Medical and sanitary report on the native army of Bombay for the year
Year: 1877
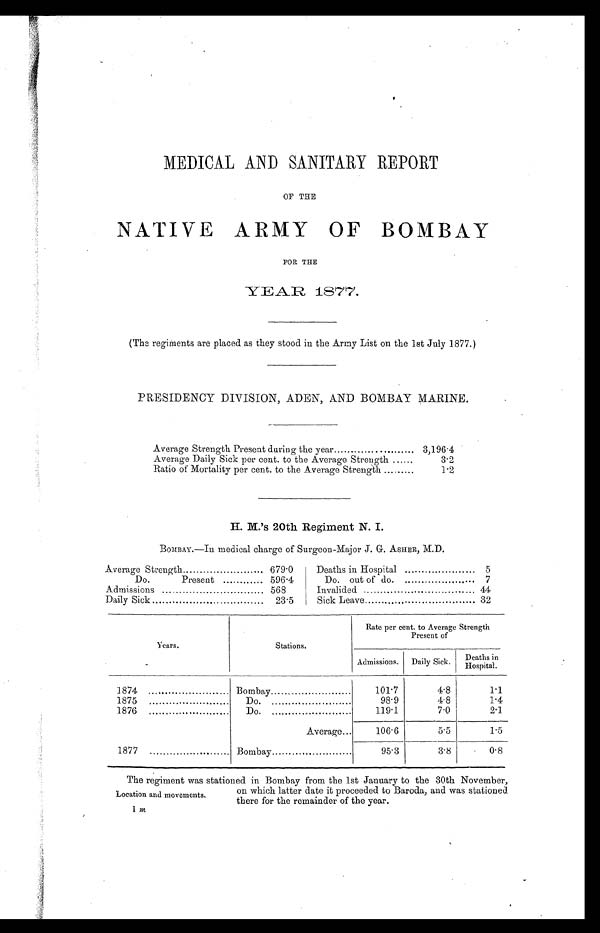
MEDICAL AND SANITARY REPORT
OF THE
NATIVE ARMY OF BOMBAY
FOR THE
(The regiments are placed as they stood in the Army List on the 1st July 1877.)
PRESIDENCY DIVISION, ADEN, AND BOMBAY MARINE.
Average Strength Present during the year......................
3,196.4
Average Daily Sick per cent. to the Average Strength ......
3.2
Ratio of Mortality per cent. to the Average Strength .........
1.2
H. M.'s 20th Regiment N. I.
BOMBAY.—In medical charge of Surgeon-Major J. G. ASHER, M.D.
Average Strength ........................
679.0
Deaths in Hospital .....................
5
Do.
P r e s e n t . . . . . . . . . . . .
5 9 6 . 4
Do. out of do. .....................
7
Admissions .............................
568
Invalided ...............................
44
Daily Sick ................................
23.5
Sick Leave...................................
32
Years.
Stations.
Rate per cent. to Average Strength
Present of
Admissions.
Daily Sick.
Deaths in
Hospital.
1874 .......................
Bombay.......................
101.7
4.8
1.1
1875
.......................
Do. .......................
98.9
4.8
1.4
1876
.......................
Do. .......................
119.1
7.0
2.1
Average...
106.6
5.5
1.5
1877
.......................
Bombay.......................
95.3
3.8
0.8
The regiment was stationed in Bombay from the 1st January to the 30th November,
on which latter date it proceeded to Baroda, and was stationed
there for the remainder of the year.
Location and movements.
1 m